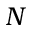
N